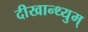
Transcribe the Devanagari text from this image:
दीखान्थ्युम्